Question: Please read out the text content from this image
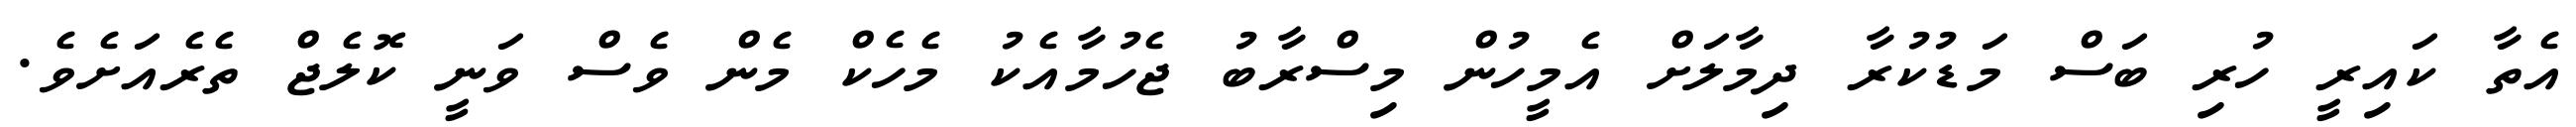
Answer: އެތާ ކައިރީ ހުރި ބަސް މަޑުކުރާ ދިމާލަށް އެމީހުން މިސްރާބު ޖެހުމާއެކު މެހެކް މެން ވެސް ވަނީ ކޮލެޖް ތެރެއަށެވެ.